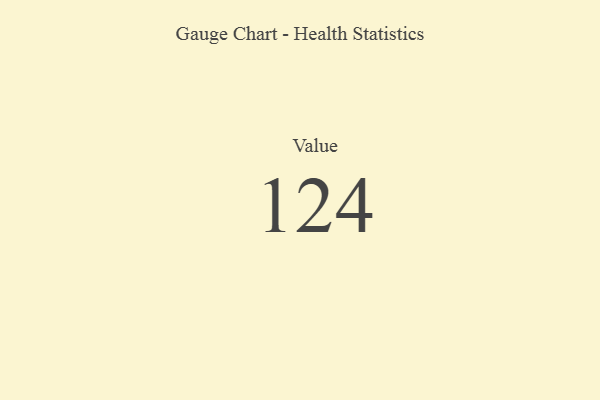
{"axis": {"x": "Metric", "y": "Value"}, "legend": [""], "data": [{"x": "Value", "y": 124, "type": ""}]}